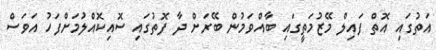
އަތުގައި އޮތް ފައިލް މޭޒުމަތީގައި ބާއްވަމުން ބޭރަށް ދާ ފޮތުގައި ސޮއިކޮއްލުމަށްފަހު އަވަސް